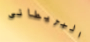
البريطانى